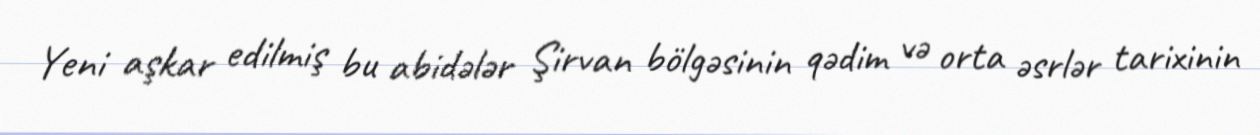
Yeni aşkar edilmiş bu abidələr Şirvan bölgəsinin qədim və orta əsrlər tarixinin